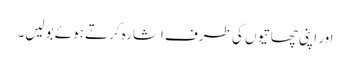
اور اپنی چھاتیوں کی طرف اشارہ کرتے ہوئے بولیں۔